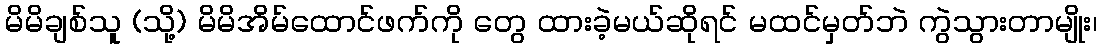
မိမိချစ်သူ (သို့) မိမိအိမ်ထောင်ဖက်ကို တွေ ထားခဲ့မယ်ဆိုရင် မထင်မှတ်ဘဲ ကွဲသွားတာမျိုး၊